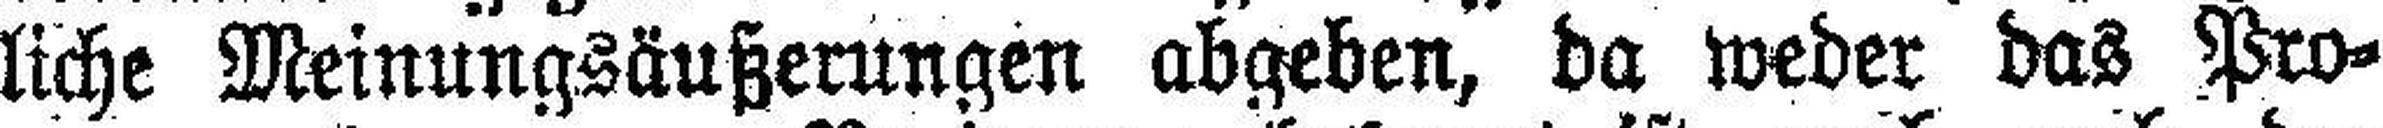
liche Meinungsäußerungen abgeben, da weder das Pro¬